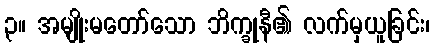
၃။ အမျိုးမတော်သော ဘိက္ခုနီ၏ လက်မှယူခြင်း၊